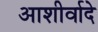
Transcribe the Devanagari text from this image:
आशीर्वादे